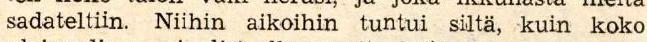
sadateltin. Niihin aikoihin tuntui siltä, kuin koko